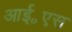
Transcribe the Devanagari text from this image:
आई॰एस